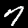
Label: 7